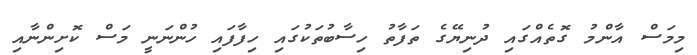
މިމަސް އާންމު ގޮތެއްގައި ދުނިޔޭގެ ތަފާތު ހިސާބުތަކުގައި ހިފާފައި ހުންނަނީ މަސް ކޮށިންނާއި